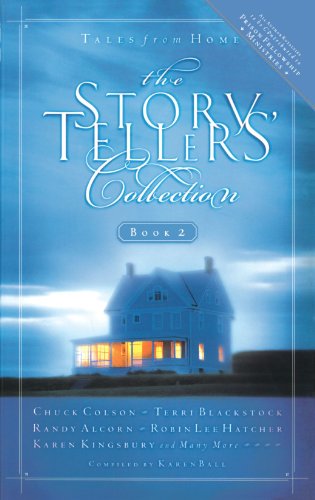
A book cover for The Storytellers' Collection Book 2: Tales from Home; Religion & Spirituality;